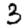
Digit: 3